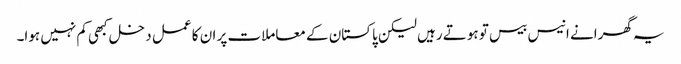
یہ گھرانے انیس بیس تو ہوتے رہیں لیکن پاکستان کے معاملات پر ان کا عمل دخل کبھی کم نہیں ہوا۔